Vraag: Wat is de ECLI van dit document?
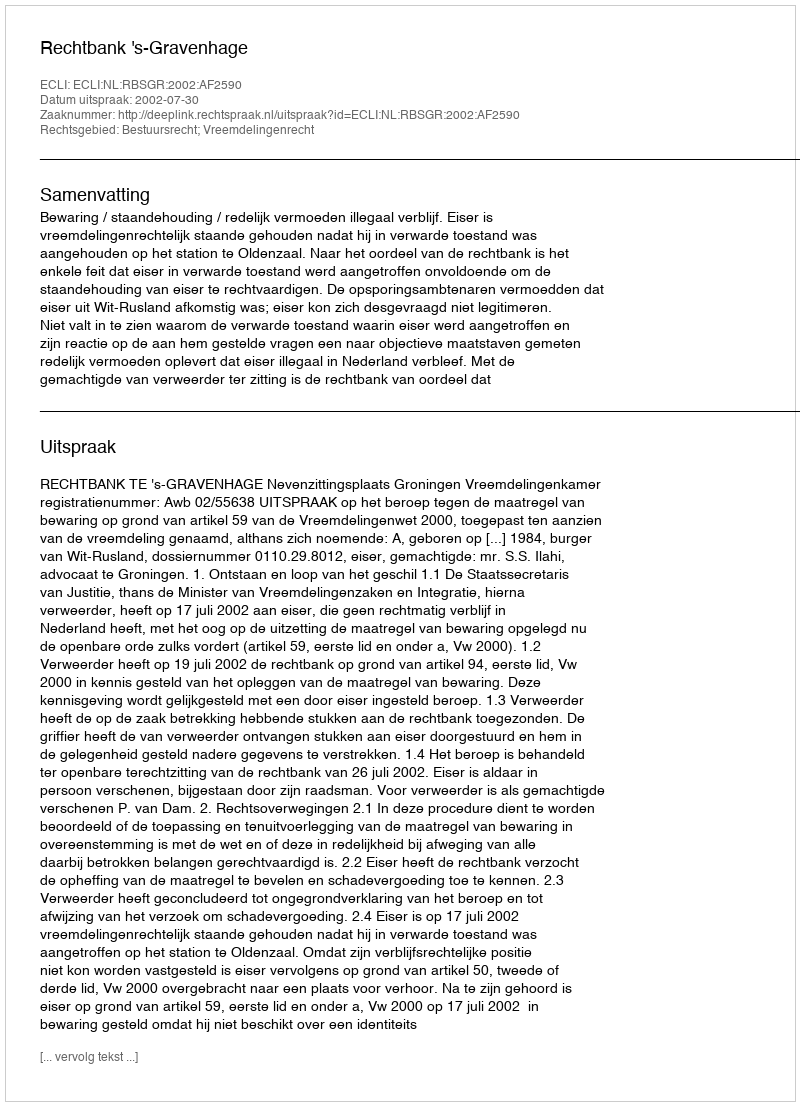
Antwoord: ECLI:NL:RBSGR:2002:AF2590